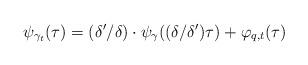
LaTeX: \begin{align*}\psi_{\gamma_t}(\tau)=(\delta'/\delta) \cdot \psi_{\gamma}( (\delta/\delta') \tau)+\varphi_{q,t}(\tau)\end{align*}